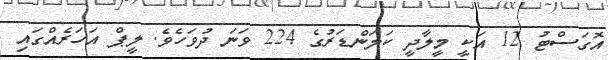
އޮގަސްޓު 12 އަކީ މީލާދީ ކަލަންޑަރުގެ 224 ވަނަ ދުވަހެވެ. ލީޕް އަހަރެއްގައި